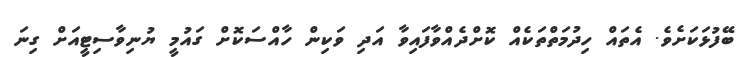
ބޭފުޅަކަށެވެ. އެތައް ހިދުމަތްތަކެއް ކޮށްދެއްވާފައިވާ އަދި ވަކިން ހާއްސަކޮށް ގައުމީ ޔުނިވާސިޓީއަށް ގިނަ